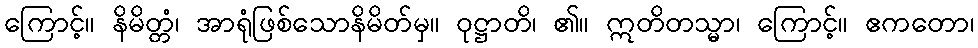
ကြောင့်။ နိမိတ္တံ၊ အာရုံဖြစ်သောနိမိတ်မှ။ ဝုဋ္ဌာတိ၊ ၏။ ဣတိတသ္မာ၊ ကြောင့်။ ဧကတော၊